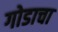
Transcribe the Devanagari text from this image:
गोडाचा